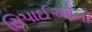
સિપાઈઓની